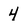
Character: 4